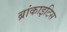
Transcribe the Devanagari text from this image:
ब्रांकाइटिस